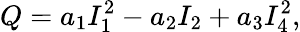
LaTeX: Q=a_{1}I_{1}^{2}-a_{2}I_{2}+a_{3}I_{4}^{2},